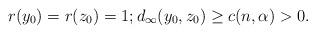
LaTeX: \begin{align*}r(y_0) = r(z_0) = 1; d_\infty(y_0, z_0)\geq c(n, \alpha)>0.\end{align*}